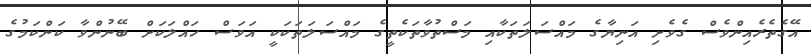
އޭގެތެރެއިންވެސް ގެވެށި އަނިޔާގެ މައްސަލަތަކާއި މަސްތުވާތަކެތީގެ މައްސަލަތަކަކީ އަވަސް ހައްލަކަށް ބޭނުންވާ ކަންކަމުގެ